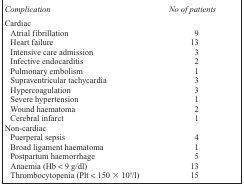
<table><thead><tr><td><b><i>Complication</i></b></td><td><b><i>No of patients</i></b></td></tr></thead><tbody><tr><td colspan="2">Cardiac</td></tr><tr><td>Atrial fibrillation</td><td>9</td></tr><tr><td>Heart failure</td><td>13</td></tr><tr><td>Intensive care admission</td><td>3</td></tr><tr><td>Infective endocarditis</td><td>2</td></tr><tr><td>Pulmonary embolism</td><td>1</td></tr><tr><td>Supraventricular tachycardia</td><td>3</td></tr><tr><td>Hypercoagulation</td><td>3</td></tr><tr><td>Severe hypertension</td><td>1</td></tr><tr><td>Wound haematoma</td><td>2</td></tr><tr><td>Cerebral infarct</td><td>1</td></tr><tr><td colspan="2">Non-cardiac</td></tr><tr><td>Puerperal sepsis</td><td>4</td></tr><tr><td>Broad ligament haematoma</td><td>1</td></tr><tr><td>Postpartum haemorrhage</td><td>5</td></tr><tr><td>Anaemia (Hb &lt; 9 g/dl)</td><td>16</td></tr><tr><td>Thrombocytopenia (Plt &lt; 150 3 10<sup>9</sup>/l)</td><td>15</td></tr></tbody></table>